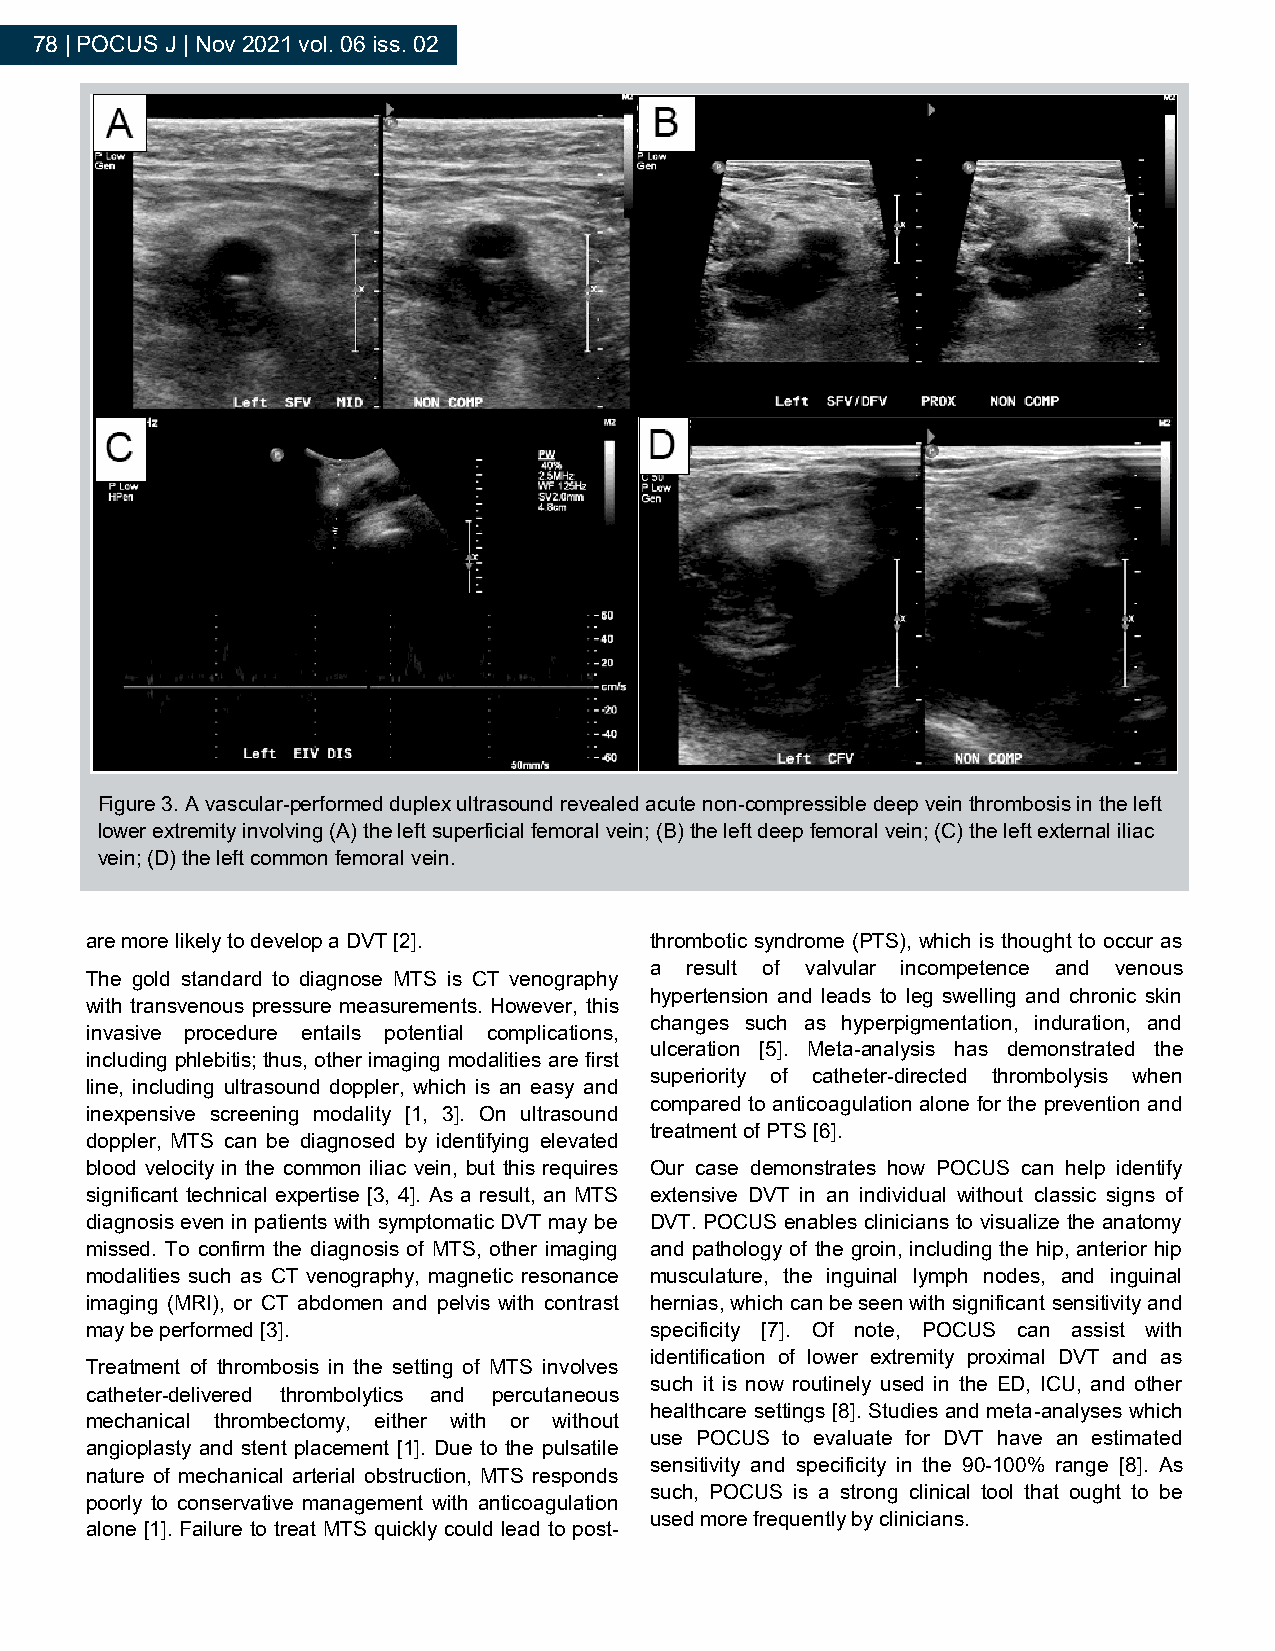
78 | POCUS J | Nov 2021 vol. 06 iss. 02
 Figure 3. A vascular-performed duplex ultrasound revealed acute non-compressible deep vein thrombosis in the left
 lower extremity involving (A) the left superficial femoral vein; (B) the left deep femoral vein; (C) the left external iliac
 vein; (D) the left common femoral vein.
 are more likely to develop a DVT [2]. thrombotic syndrome (PTS), which is thought to occur as
 a result of valvular incompetence and venous
 The gold standard to diagnose MTS is CT venography
 hypertension and leads to leg swelling and chronic skin
 with transvenous pressure measurements. However, this
 changes such as hyperpigmentation, induration, and
 invasive procedure entails potential complications,
 ulceration [5]. Meta-analysis has demonstrated the
 including phlebitis; thus, other imaging modalities are first
 superiority of catheter-directed thrombolysis when
 line, including ultrasound doppler, which is an easy and
 compared to anticoagulation alone for the prevention and
 inexpensive screening modality [1, 3]. On ultrasound
 treatment of PTS [6].
 doppler, MTS can be diagnosed by identifying elevated
 blood velocity in the common iliac vein, but this requires Our case demonstrates how POCUS can help identify
 significant technical expertise [3, 4]. As a result, an MTS extensive DVT in an individual without classic signs of
 diagnosis even in patients with symptomatic DVT may be DVT. POCUS enables clinicians to visualize the anatomy
 missed. To confirm the diagnosis of MTS, other imaging and pathology of the groin, including the hip, anterior hip
 modalities such as CT venography, magnetic resonance musculature, the inguinal lymph nodes, and inguinal
 imaging (MRI), or CT abdomen and pelvis with contrast hernias, which can be seen with significant sensitivity and
 may be performed [3].                specificity [7]. Of note, POCUS can assist with
 identification of lower extremity proximal DVT and as
 Treatment of thrombosis in the setting of MTS involves
 such it is now routinely used in the ED, ICU, and other
 catheter-delivered thrombolytics and percutaneous
 healthcare settings [8]. Studies and meta-analyses which
 mechanical thrombectomy, either with or without
 use POCUS to evaluate for DVT have an estimated
 angioplasty and stent placement [1]. Due to the pulsatile
 sensitivity and specificity in the 90-100% range [8]. As
 nature of mechanical arterial obstruction, MTS responds
 such, POCUS is a strong clinical tool that ought to be
 poorly to conservative management with anticoagulation
 used more frequently by clinicians.
 alone [1]. Failure to treat MTS quickly could lead to post-